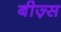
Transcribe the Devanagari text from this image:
बीज़्स